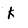
Character: K